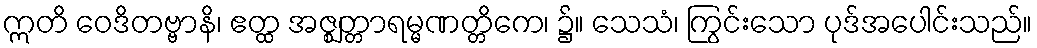
ဣတိ ဝေဒိတဗ္ဗာနိ၊ ဧတ္ထ အဇ္ဈတ္တာရမ္မဏတ္တိကေ၊ ၌။ သေသံ၊ ကြွင်းသော ပုဒ်အပေါင်းသည်။